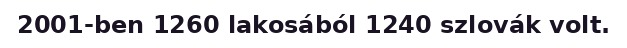
2001-ben 1260 lakosából 1240 szlovák volt.